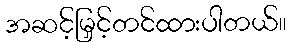
အဆင့်မြှင့်တင်ထားပါတယ်။